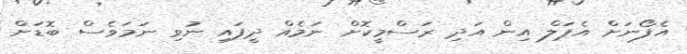
އެފޯނަށް އެޕަލް އިން އަދި ރަސްމީކޮށް ނަމެއް ދީފައި ނުވި ނަމަވެސް ބޮޑަށް